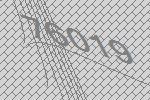
76019